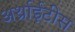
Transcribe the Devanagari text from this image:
अर्थ्राईटीस